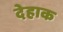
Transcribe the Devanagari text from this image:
देहाक